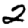
Digit: 2